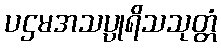
ပဌမအသပ္ပုရိသသုတ္တံ